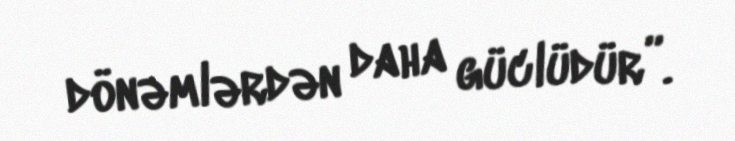
dönəmlərdən daha güclüdür”.